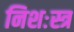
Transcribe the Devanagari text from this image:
निशःस्त्र